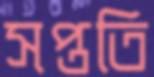
সপ্ততি